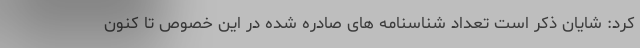
کرد: شایان ذکر است تعداد شناسنامه های صادره شده در این خصوص تا کنون